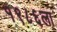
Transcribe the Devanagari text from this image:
१९८६ला